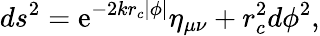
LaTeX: ds^{2}=\mathrm{e}^{-2kr_{c}\left|\phi\right|}\eta_{\mu\nu}+r_{c}^{2}d\phi^{2},